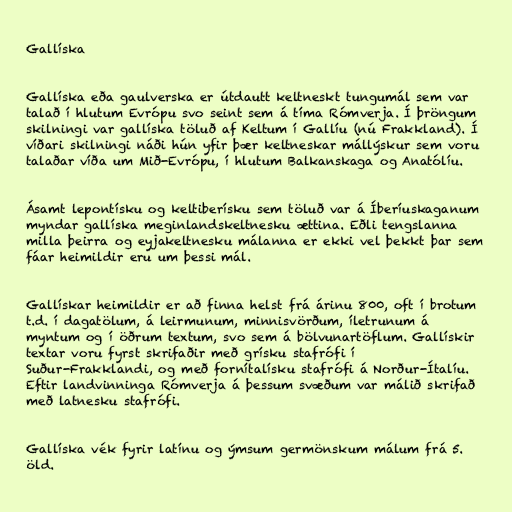
Gallíska

Gallíska eða gaulverska er útdautt keltneskt tungumál sem var
talað í hlutum Evrópu svo seint sem á tíma Rómverja. Í þröngum
skilningi var gallíska töluð af Keltum í Gallíu (nú Frakkland). Í
víðari skilningi náði hún yfir þær keltneskar mállýskur sem voru
talaðar víða um Mið-Evrópu, í hlutum Balkanskaga og Anatólíu.

Ásamt lepontísku og keltiberísku sem töluð var á Íberíuskaganum
myndar gallíska meginlandskeltnesku ættina. Eðli tengslanna
milla þeirra og eyjakeltnesku málanna er ekki vel þekkt þar sem
fáar heimildir eru um þessi mál.

Gallískar heimildir er að finna helst frá árinu 800, oft í brotum
t.d. í dagatölum, á leirmunum, minnisvörðum, íletrunum á
myntum og í öðrum textum, svo sem á bölvunartöflum. Gallískir
textar voru fyrst skrifaðir með grísku stafrófi í
Suður-Frakklandi, og með fornítalísku stafrófi á Norður-Ítalíu.
Eftir landvinninga Rómverja á þessum svæðum var málið skrifað
með latnesku stafrófi.

Gallíska vék fyrir latínu og ýmsum germönskum málum frá 5.
öld.